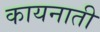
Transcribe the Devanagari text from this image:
कायनाती